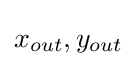
x_{out},y_{out}